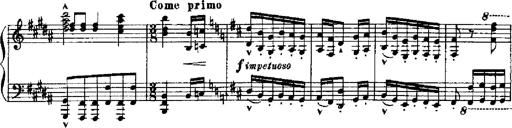
Title: RÃ©miniscences de Robert le diable
Composer: Franz Liszt